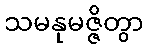
သမနုမဇ္ဇိတွာ